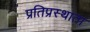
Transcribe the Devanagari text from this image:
प्रतिप्रस्थाता